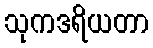
သုကဒရိယတာ